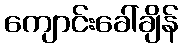
ကျောင်းခေါ်ချိန်